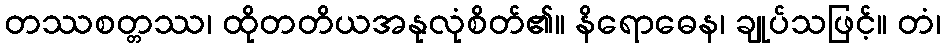
တဿစတ္တဿ၊ ထိုတတိယအနုလုံစိတ်၏။ နိရောဓေန၊ ချုပ်သဖြင့်။ တံ၊